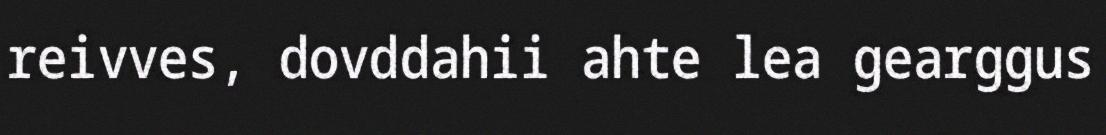
reivves, dovddahii ahte lea gearggus